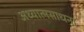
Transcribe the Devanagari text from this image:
अध्यात्मसाधना